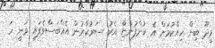
މީދޫ ބިން ހިއްކުމަށް އެ ކުންފުންޏާ އެކު ސަރުކާރުން އެއްބަސްވެފައި ވަނީ ހަ